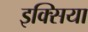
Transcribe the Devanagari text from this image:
इक्सिया